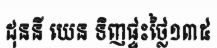
ដុននី យេន ទិញផ្ទះថ្លៃ១៣៥